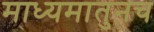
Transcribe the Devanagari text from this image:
माध्यमातुनच